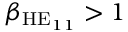
\beta _ { \mathrm { H E } _ { 1 1 } } > 1